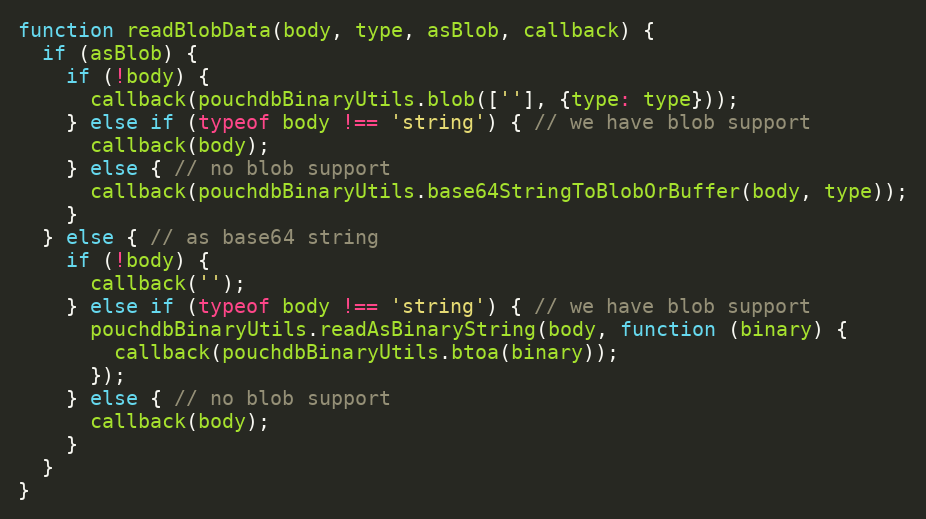
Language: JavaScript
function readBlobData(body, type, asBlob, callback) {
  if (asBlob) {
    if (!body) {
      callback(pouchdbBinaryUtils.blob([''], {type: type}));
    } else if (typeof body !== 'string') { // we have blob support
      callback(body);
    } else { // no blob support
      callback(pouchdbBinaryUtils.base64StringToBlobOrBuffer(body, type));
    }
  } else { // as base64 string
    if (!body) {
      callback('');
    } else if (typeof body !== 'string') { // we have blob support
      pouchdbBinaryUtils.readAsBinaryString(body, function (binary) {
        callback(pouchdbBinaryUtils.btoa(binary));
      });
    } else { // no blob support
      callback(body);
    }
  }
}